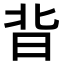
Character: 𭥣